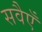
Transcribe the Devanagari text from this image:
सवैएँ